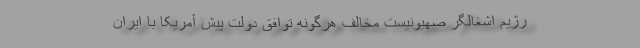
رژیم اشغالگر صهیونیست مخالف هرگونه توافق دولت پیش آمریکا با ایران